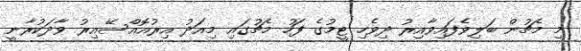
މި މެޗުން ބަލިވެފައިވާއިރު ދިވެހި ޓީމުގެ ފަހު މެޗުގައި މިއަދު އިރުއޮއްސޭއިރު ވާދަކުރާނީ